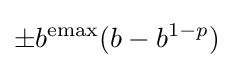
\pm b^{\text{emax}}(b-b^{1-p})